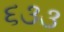
૬૩૩